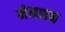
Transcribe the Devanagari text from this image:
मेनशन